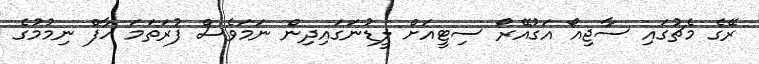
ރޭގެ މެޗުގައި ސާޖިއޯ އަގުއޭރޯ ސިޓީއަށް ލީޑުނަގައިދިން ނަމަވެސް ފުރަތަމަ ހާފް ނިމުމުގެ